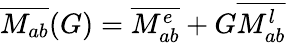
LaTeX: \overline{{M_{ab}}}(G)=\overline{{M_{ab}^{e}}}+G\overline{{M_{ab}^{l}}}